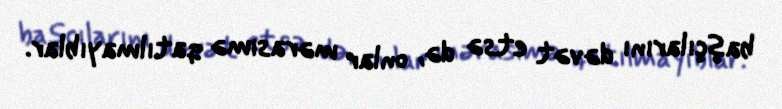
başçılarını dəvət etsə də, onlar mərasimə qatılmayıblar.